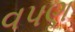
વપણ